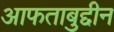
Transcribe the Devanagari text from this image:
आफताबुद्दीन